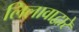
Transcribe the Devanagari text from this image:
लिलावाद्वारे